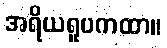
အရိယရူပကထာ။